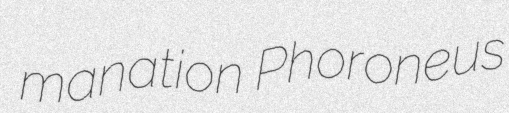
manation Phoroneus